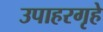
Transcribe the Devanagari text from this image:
उपाहरगृहे